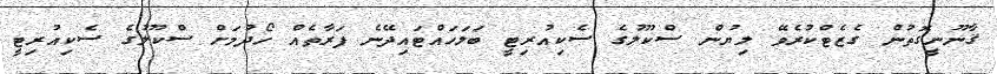
ޤާނޫނީގޮތުން ގެޒެޓްކުރެވޭ ލިޔުން ސްކޫލުގެ ސެކިއުރިޓީ ބަލަހައްޓައިދޭނެ ފަރާތެއް ހޯދުމަށް ސްކޫލުގެ ސެކިއުރިޓީ